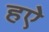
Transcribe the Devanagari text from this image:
हऐ